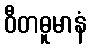
ဝီတဓူမာနံ